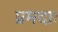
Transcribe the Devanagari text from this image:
प्रमदाः